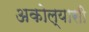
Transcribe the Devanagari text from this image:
अकोल्यासी